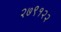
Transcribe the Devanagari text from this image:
२७९१२२